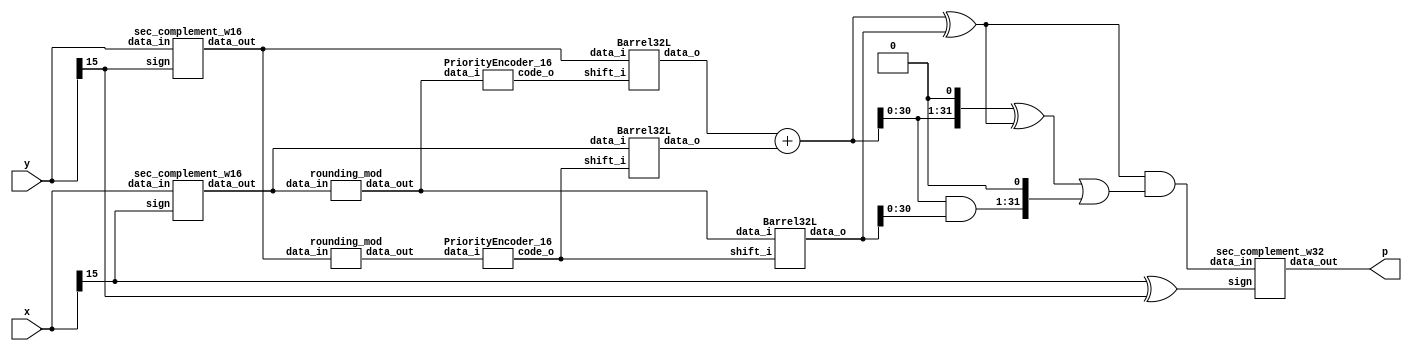
`timescale 1ns / 1ps
//////////////////////////////////////////////////////////////////////////////////
// Company: 
// Engineer: 
// 
// Design Name: 
// Module Name: ROBA
// Project Name: 
// Target Devices: 
// Tool Versions: 
// Description: 
// 
// Dependencies: 
// 
// Revision:
// Revision 0.01 - File Created
// Additional Comments:
// 
//////////////////////////////////////////////////////////////////////////////////


module ROBA(
    input [15:0] x,
    input [15:0] y,
    output [31:0] p
    );
    
// Generate abs values
wire [15:0] x_abs;
wire [15:0] y_abs;

wire x_sign;
wire y_sign;

assign x_sign = x[15];
assign y_sign = y[15];


sec_complement_w16 abs_X
        (
         .data_in(x),
         .sign(x[15]),
         .data_out(x_abs)
         );

// Going for Y_abs


sec_complement_w16 abs_Y
        (
         .data_in(y),
         .sign(y[15]),
         .data_out(y_abs)
         ); 

// Rounding X

wire [15:0] x_round;
rounding_mod RoundX(x_abs,x_round);

// Rounding Y 

wire [15:0] y_round;
rounding_mod RoundY(y_abs,y_round);

// encode the round value x_abs
wire [3:0] x_enc;
PriorityEncoder_16 EncX(x_round,x_enc);

// encode the round value y_abs
wire [3:0] y_enc;
PriorityEncoder_16 EncY(y_round,y_enc);

// Shift Xr * Y_abs
wire [31:0] xr_Y;
Barrel32L XRtimesY( y_abs, x_enc, xr_Y);

// Shift Yr * x_abs
wire [31:0] yr_X;
Barrel32L YRtimesX( x_abs, y_enc, yr_X);

// Shift Yr * Xr
wire [31:0] yr_yx;
Barrel32L YRtimesXR( x_round, y_enc, yr_yx);

// sum xr_Y yr_X

wire [31:0] P;

assign P = xr_Y + yr_X;


// difference to get absolute value of product

wire [31:0] prod_abs;
wire [31:0] Z;

assign Z = yr_yx;
wire [31:0] tmp;
wire [31:0] tmp1;
wire [31:0] tmp2;

assign tmp = (P ^ Z);
assign tmp1 = (P << 1);
assign tmp2 = ( P & Z) << 1;
//assign prod_abs = (P ^ Z) & (((P << 1) ^ (P ^ Z)) | (( P & Z) << 1));
assign prod_abs = tmp & ((tmp1 ^ tmp) | tmp2);
// Revert to the signed value


wire prod_sign;

assign prod_sign = x_sign ^ y_sign;

sec_complement_w32 sign_P
        (
         .data_in(prod_abs),
         .sign(prod_sign),
         .data_out(p)
         );


endmodule


module rounding_mod(
    input [15:0] data_in,
    output [15:0] data_out
);
    wire [15:0] tmp;
    genvar i;
    generate
    for (i=3; i<14; i=i+1) 
      begin
        assign tmp[i] = &(~data_in[15:i+1]);
        assign data_out[i] = ((~(data_in[i]) & data_in[i-1] & data_in[i-2]) | (data_in[i] & ~data_in[i-1])) & tmp[i];
      end
    endgenerate
    
    assign data_out[15] = (~data_in[15] & data_in[14] & data_in[13]) | (data_in[15] & ~data_in[14]);
    assign data_out[14] = ((~data_in[14] & data_in[13] & data_in[12]) | (data_in[14] & ~data_in[13])) & ~data_in[15];
    assign data_out[2] = data_in[2] & ~data_in[1] & (&(~data_in[15:3]));
    assign data_out[1] = data_in[1] & (&(~data_in[15:2]));
    assign data_out[0] = data_in[0] & (&(~data_in[15:1]));

endmodule


module PriorityEncoder_16(
    input [15:0] data_i,
    output reg [3:0] code_o
    );

	always @*
		case (data_i)
	     16'b0000000000000001 : code_o = 4'b0000;
         16'b0000000000000010 : code_o = 4'b0001;
         16'b0000000000000100 : code_o = 4'b0010;
         16'b0000000000001000 : code_o = 4'b0011;
         16'b0000000000010000 : code_o = 4'b0100;
         16'b0000000000100000 : code_o = 4'b0101;
         16'b0000000001000000 : code_o = 4'b0110;
         16'b0000000010000000 : code_o = 4'b0111;
		 16'b0000000100000000 : code_o = 4'b1000;
         16'b0000001000000000 : code_o = 4'b1001;
         16'b0000010000000000 : code_o = 4'b1010;
         16'b0000100000000000 : code_o = 4'b1011;
         16'b0001000000000000 : code_o = 4'b1100;
         16'b0010000000000000 : code_o = 4'b1101;
         16'b0100000000000000 : code_o = 4'b1110;
         16'b1000000000000000 : code_o = 4'b1111;
			
			default     : code_o = 4'b0000;
		endcase
		
endmodule

module Barrel32L(
    input [15:0] data_i,
    input [3:0] shift_i,
    output reg [31:0] data_o
    );
	 
   
   always @*
      case (shift_i)
         4'b0000: data_o = data_i;
         4'b0001: data_o = data_i << 1;
         4'b0010: data_o = data_i << 2;
         4'b0011: data_o = data_i << 3;
         4'b0100: data_o = data_i << 4;
         4'b0101: data_o = data_i << 5;
         4'b0110: data_o = data_i << 6;
         4'b0111: data_o = data_i << 7;
         4'b1000: data_o = data_i << 8;
         4'b1001: data_o = data_i << 9;
         4'b1010: data_o = data_i << 10;
         4'b1011: data_o = data_i << 11;
         4'b1100: data_o = data_i << 12;
         4'b1101: data_o = data_i << 13;
         4'b1110: data_o = data_i << 14;
         default: data_o = data_i << 15;
      endcase


endmodule


module sec_complement_w16
  (
   input [15:0] data_in,
   input sign,
   output [15:0] data_out
   );
     
  wire [15:0]     w_C;
 
  // Create the HA Adders
  genvar  ii;
  generate
    for (ii=1; ii<16; ii=ii+1) 
      begin: pc
         assign data_out[ii] = data_in[ii] ^ (sign & w_C[ii-1]);
	 //       assign data_out[ii] = data_in[ii] ^ (sign);

      end
  endgenerate
 
  // Create the Generate (G) Terms:  Gi=Ai*Bi
  // Create the Propagate Terms: Pi=Ai+Bi
  // Create the Carry Terms:

 genvar jj;
  generate
    for (jj=1; jj<16; jj=jj+1) 
      begin: kk
        assign w_C[jj] = (data_in[jj] | w_C[jj-1]);
      end
  endgenerate
   
  assign w_C[0] =  data_in[0]; // Input carry is 1
 
  assign data_out[0] = data_in[0];   // Verilog Concatenation
 
endmodule // carry_lookahead_adder


module sec_complement_w32
  (
   input [31:0] data_in,
   input sign,
   output [31:0] data_out
   );
     
  wire [31:0]     w_C;
 
  // Create the HA Adders
  genvar  ii;
  generate
    for (ii=1; ii<32; ii=ii+1) 
      begin: pc
         assign data_out[ii] = data_in[ii] ^ (sign & w_C[ii-1]);
	 //       assign data_out[ii] = data_in[ii] ^ (sign);

      end
  endgenerate
 
  // Create the Generate (G) Terms:  Gi=Ai*Bi
  // Create the Propagate Terms: Pi=Ai+Bi
  // Create the Carry Terms:

 genvar jj;
  generate
    for (jj=1; jj<32; jj=jj+1) 
      begin: kk
        assign w_C[jj] = (data_in[jj] | w_C[jj-1]);
      end
  endgenerate
   
  assign w_C[0] =  data_in[0]; // Input carry is 1
 
  assign data_out[0] = data_in[0];   // Verilog Concatenation
 
endmodule // carry_lookahead_adder